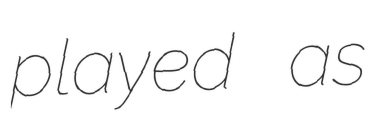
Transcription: played as